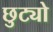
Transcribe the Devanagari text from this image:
छुट्यो